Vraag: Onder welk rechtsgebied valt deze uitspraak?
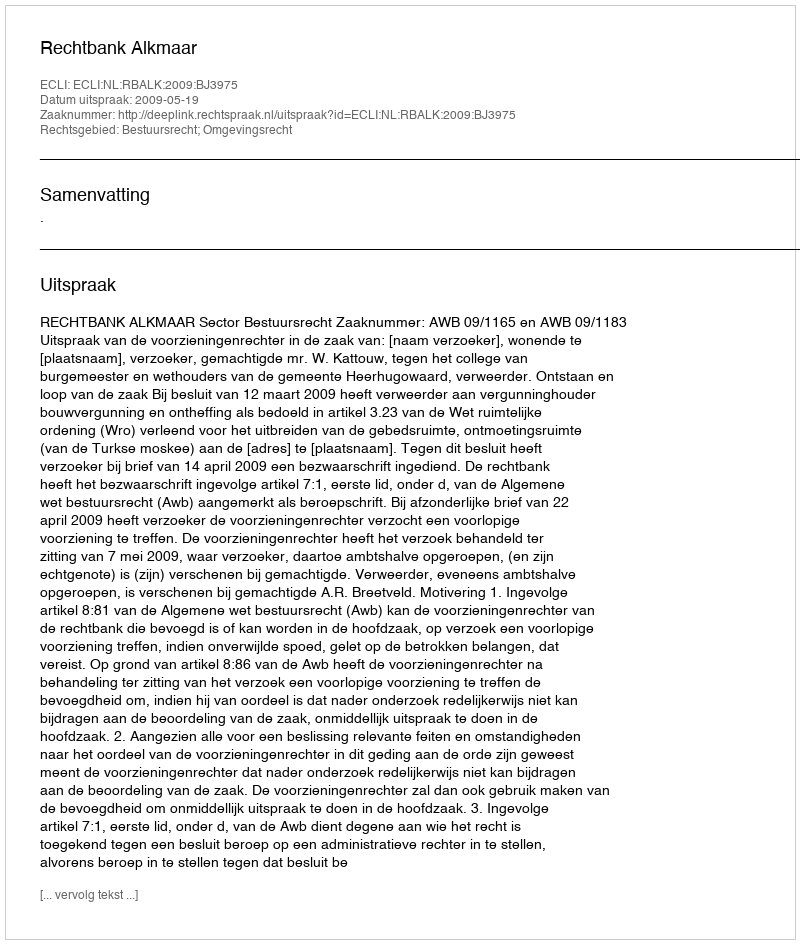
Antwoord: Bestuursrecht; Omgevingsrecht